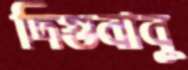
দিগুবাবু